Vabadussoja_Ajaloo_Komitee, lk 4
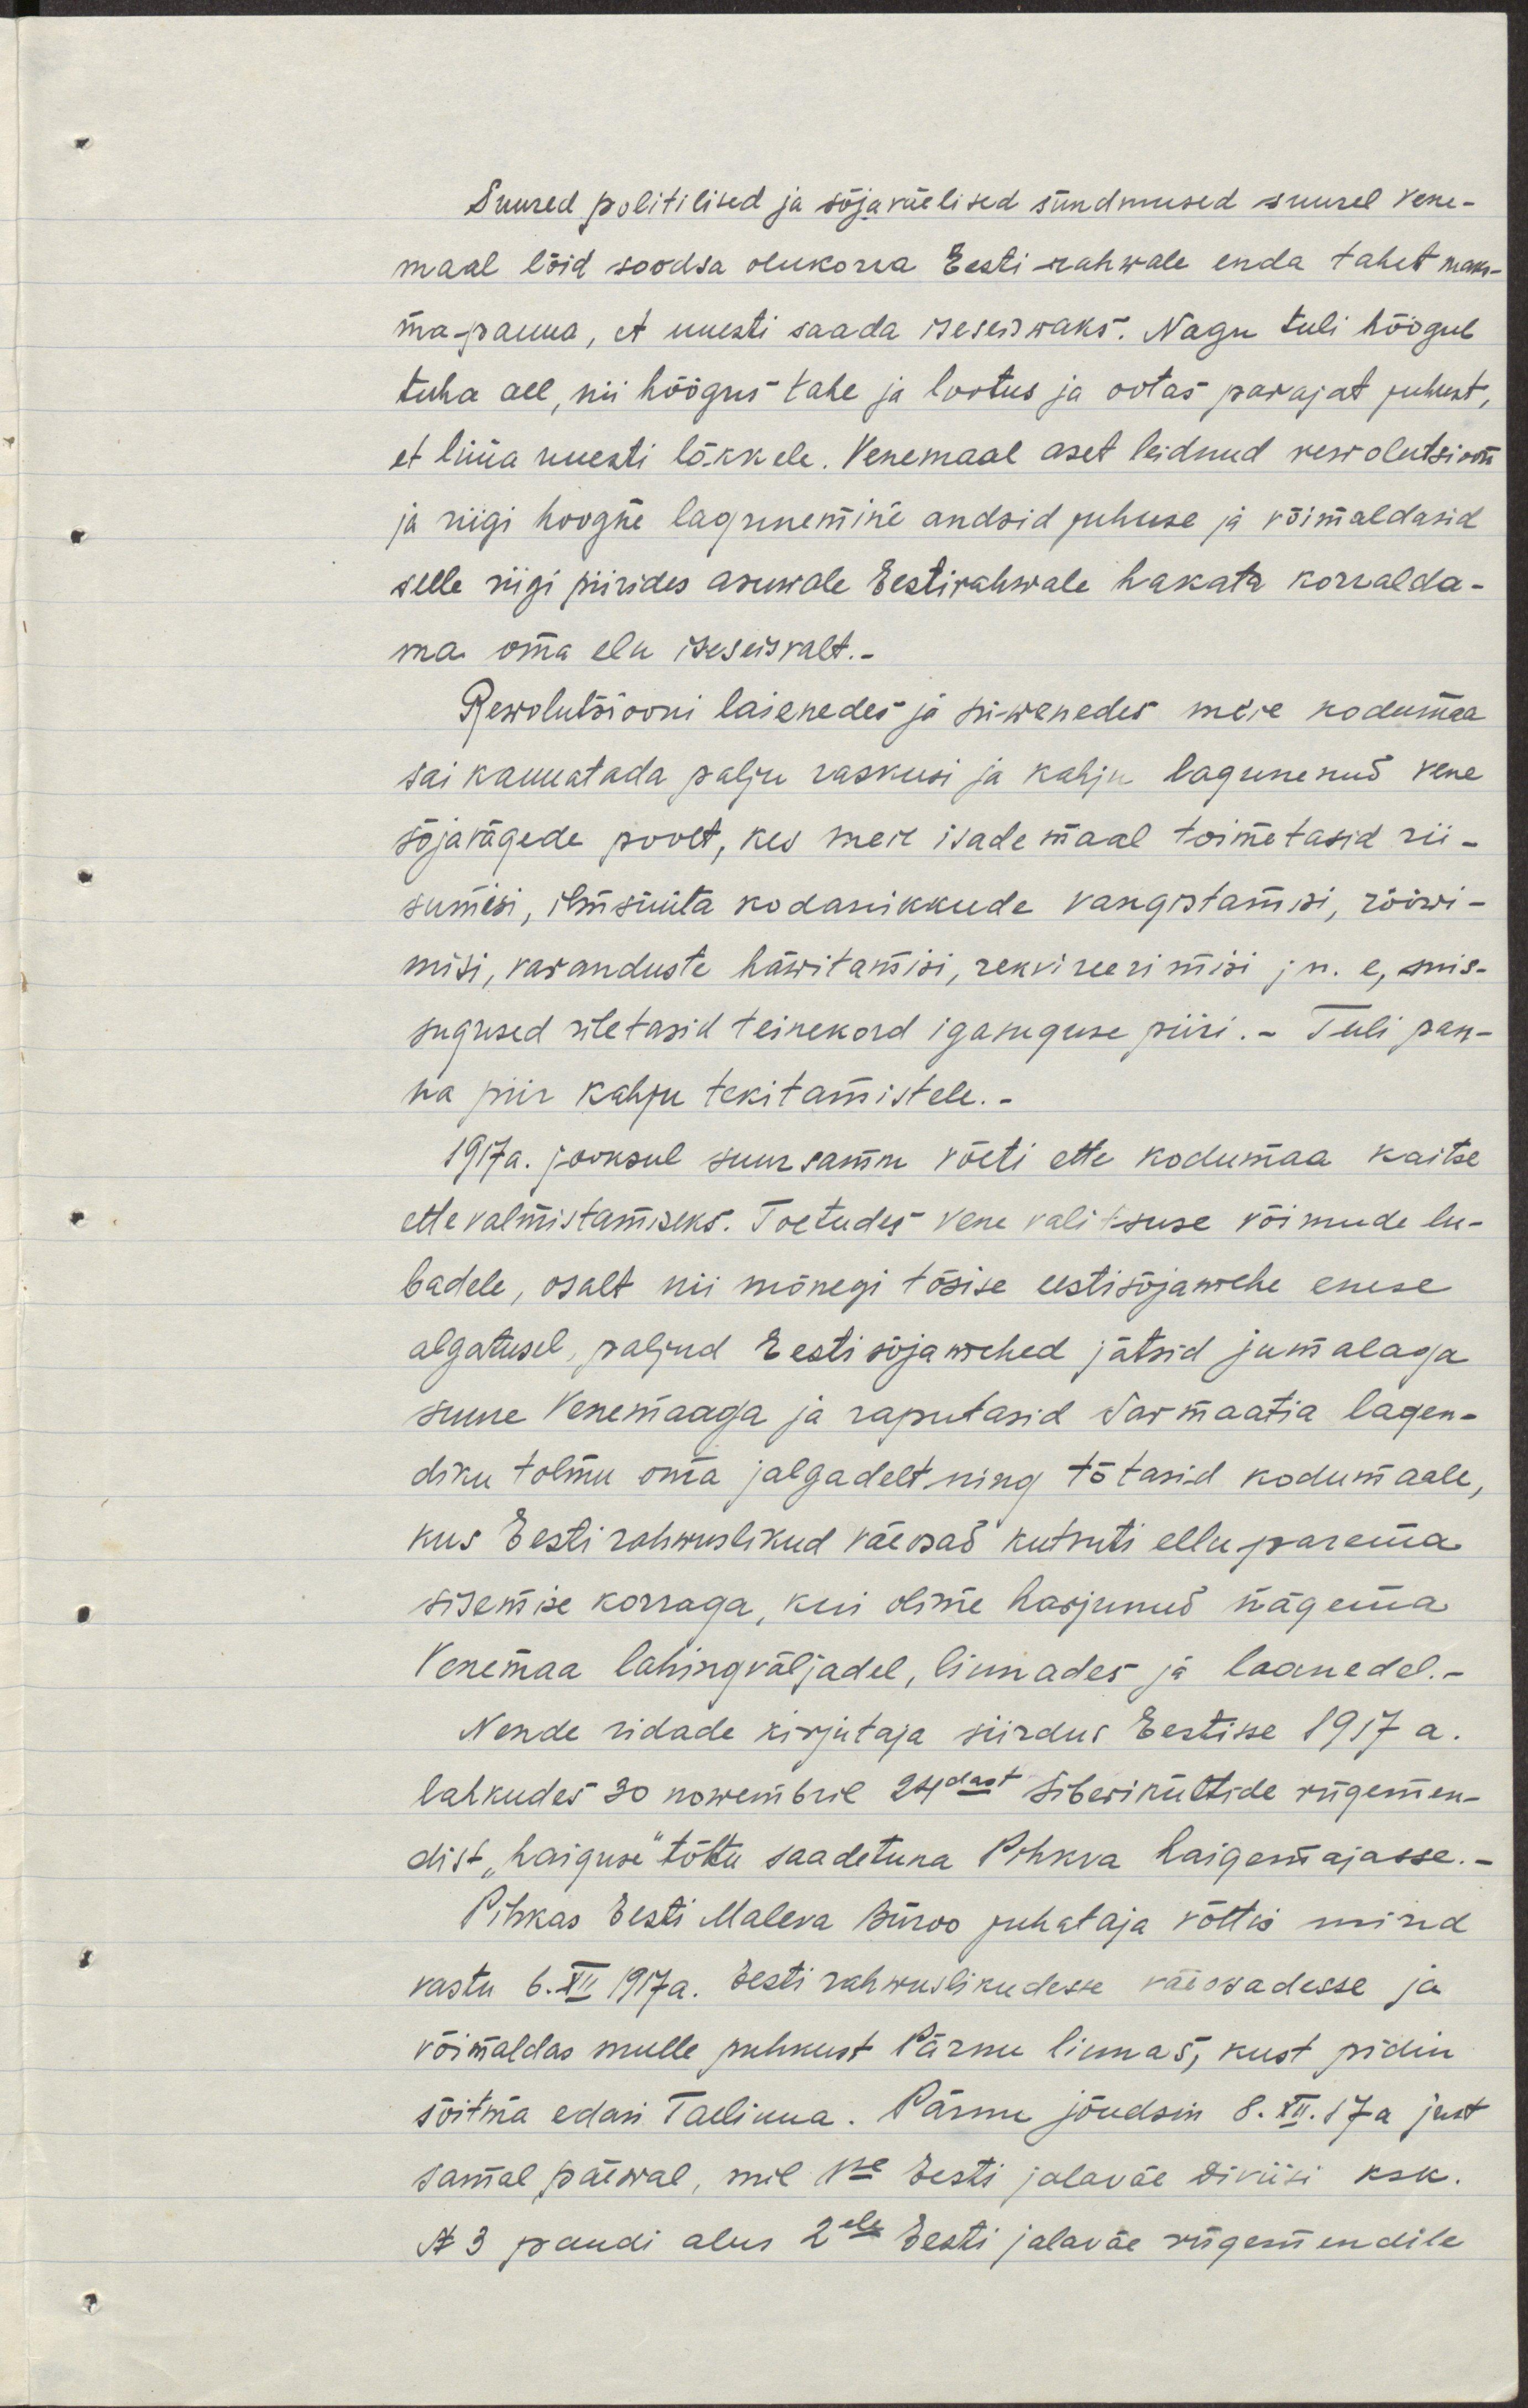
Suured poliitilised ja ssõjaväelised sündmused suurel Vene-
maal lõid soodsa olukorra Eesti rahvale enda tahet maks-
ma panna, et uuesti saada iseseisvaks. Nagu tuli hõõgub
tuha all, nii hõõgus tahe ja lootus ja ootas parajat juhust,
et lüüa uuesti lõkkele. Venemaal aset leidnud revolutsioon
ja riigi hoogne lagunemine andsid juhuse ja võimaldasid
selle riigi piirides armsale Eesti rahvale hakata korralda-
ma oma elu iseseisvalt.-
Rewolutsiooni laienedes ja sisenedes meie kodumaa
sai kannatada palju raskusi ja kahju lagunenud Vene
sõjavägede poolt, kes meie isade maal toimetasid nii-
samuti, ilmsüüta kodanikkude vangistamisi, rööwi-
misi, varanduste häwitamisi, rekvireerimisi jn. e, mis-
sugused ületasid teinekord igasuguse piiri. Tuli pan-
na piir kahju tekitamistele.
1917. a jooksul, suur samm võeti ette kodumaa kaitse
ettevalmistamiseks. Toetudes Vene valitsuse võimude lu
badele, osalt mis mõnegi tõsise eesti sõjamehe enese
algatusel paljud Eesti sõjamehed jätsid jumalaga
suure Venemaaga ja raputasid Sarmaatia lagen-
diku tolmu oma jalgadelt ning tõtasid kodumaale,
kus Eesti rahwuslikud väeosad kutsuti ellu parema
sisemise korraga, kui olime harjunud nägema
Venemaa lahingväljadel, linnades ja laanedel.
Nende ridade kirjutaja siirdus Eestisse 1917 a.
lahkudes 30 novembril 24dast Siberiküttide rügemen-
dist haiguse tõttu saadetuna Pihkva haigemajasse.
Pihkas Eesti Maleva Büroo juhataja võttis mind
vastu 6. XII 1917a. Eesti rahwuslikudesse väeosadesse ja
võimaldas mulle puhkust Pärnu linnas, kust pidin
sõitma edasi Tallinna. Pärnu jõudsin 8. XII. 17a. just
samal päeval, mil 1se Eesti jalaväe diviisi ksk.
Nr 3 pandi alus 2ele Eesti jalaväe rügemendile